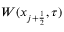
W ( x _ { j + \frac { 1 } { 2 } } , \tau )